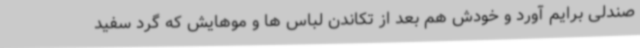
صندلی برایم آورد و خودش هم بعد از تکاندن لباس ها و موهایش که گرد سفید